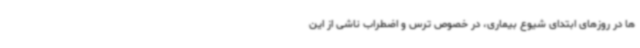
ها در روزهای ابتدای شیوع بیماری، در خصوص ترس و اضطراب ناشی از این